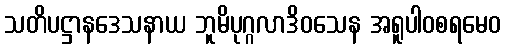
သတိပဋ္ဌာနဒေသနာယ ဘူမိပုဂ္ဂလာဒိဝသေန အရူပါဝစရမေဝ